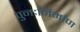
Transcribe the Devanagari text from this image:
पुनःर्निर्माण